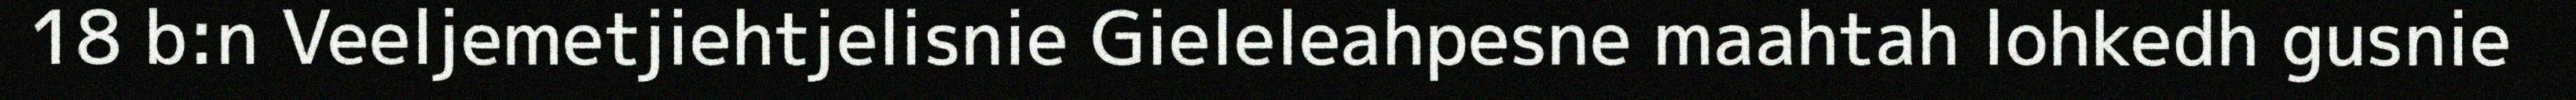
18 b:n Veeljemetjiehtjelisnie Gieleleahpesne maahtah lohkedh gusnie